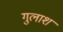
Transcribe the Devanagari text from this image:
गुलाश